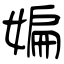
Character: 媥